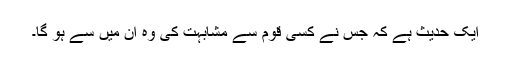
ایک حدیث ہے کہ جس نے کسی قوم سے مشابہت کی وہ اُن میں سے ہو گا۔